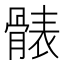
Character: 𩩩